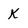
Character: K